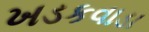
ખડકવાડા